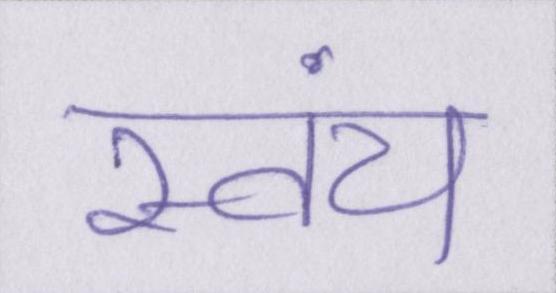
स्वंय